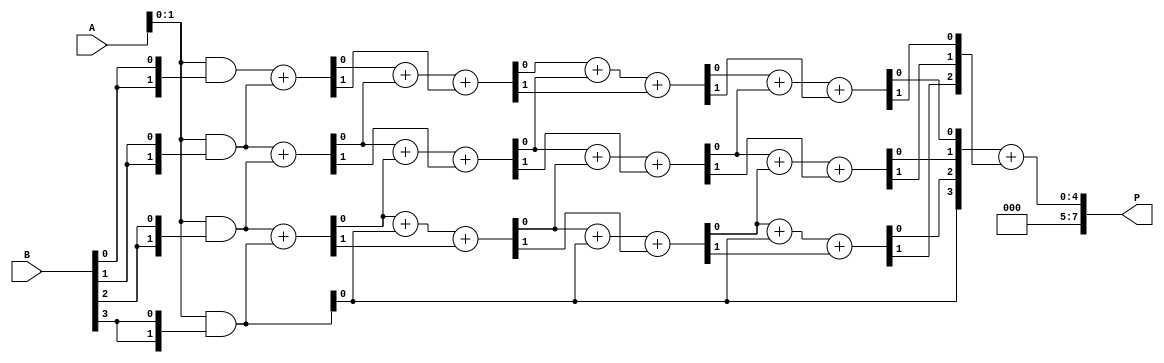
module WallaceTreeMultiplier #(parameter N = 4) (
    input [N-1:0] A,
    input [N-1:0] B,
    output reg [2*N-1:0] P
);

    // Generate partial products
    wire [N-1:0] pp [N-1:0]; // Partial products
    genvar i;
    generate
        for (i = 0; i < N; i = i + 1) begin : gen_partial_products
            assign pp[i] = A & {N{B[i]}};
        end
    endgenerate

    // Wallace Tree Reduction
    wire [N-1:0] sum [N-1:0];
    wire [N-1:0] carry [N-1:0];
    wire [N-1:0] next_sum [N-1:0];
    wire [N-1:0] next_carry [N-1:0];

    // Initial layer of reduction
    generate
        for (i = 0; i < N; i = i + 1) begin : layer1
            if (i < N-1) begin
                assign {carry[0][i], sum[0][i]} = pp[i] + pp[i+1];
            end else begin
                assign sum[0][i] = pp[i];
                assign carry[0][i] = 1'b0;
            end
        end
    endgenerate

    // Wallace Tree Reduction Layers
    genvar j, k;
    generate
        for (j = 1; j < N; j = j + 1) begin : reduction_layers
            for (k = 0; k < N; k = k + 1) begin : adders
                if (k < N-1) begin
                    assign {next_carry[j][k], next_sum[j][k]} = sum[j-1][k] + sum[j-1][k+1] + carry[j-1][k];
                end else begin
                    assign next_sum[j][k] = sum[j-1][k];
                    assign next_carry[j][k] = 1'b0;
                end
            end
            assign sum[j] = next_sum[j];
            assign carry[j] = next_carry[j];
        end
    endgenerate

    // Final addition
    wire [2*N-1:0] final_sum;
    wire [2*N-1:0] final_carry;

    assign final_sum = {carry[N-1][N-1], sum[N-1]};
    assign final_carry = {1'b0, carry[N-1]};

    always @(*) begin
        P = final_sum + final_carry;
    end

endmodule